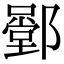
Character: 𨞱